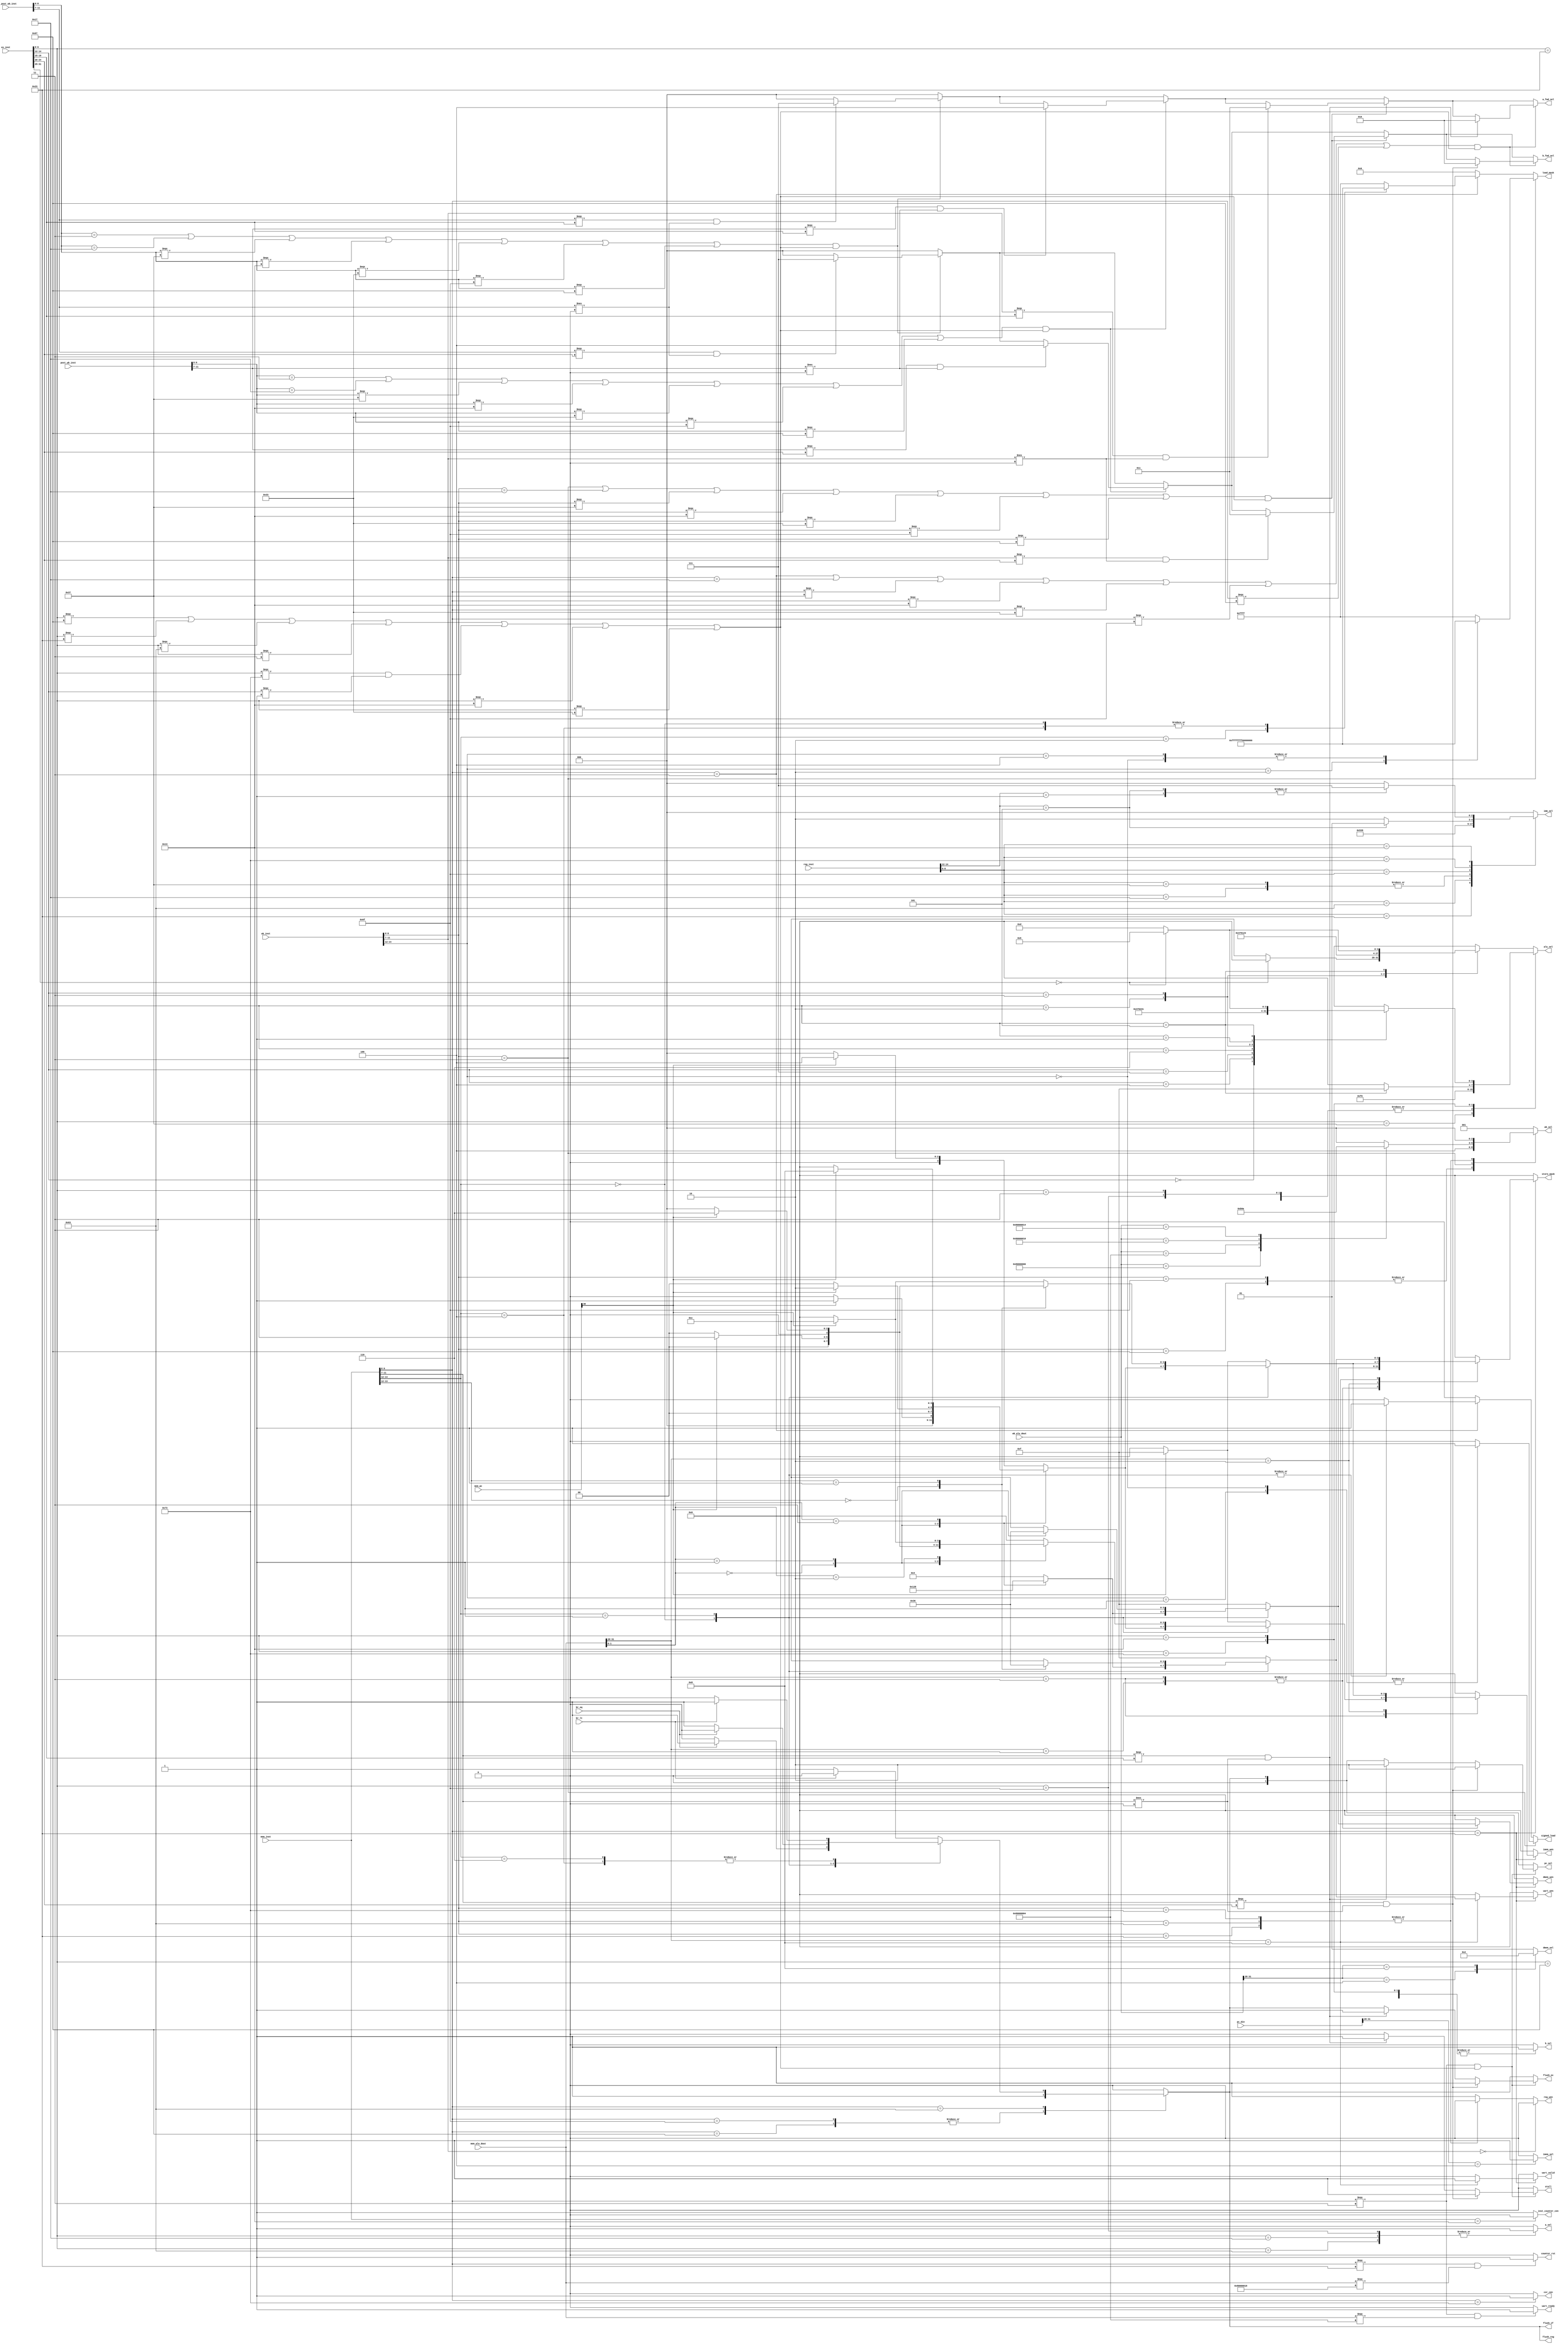
module controller(
    // IF Stage
    input [31:0] pc_din, 
    output reg imem_sel,
    output reg stall,
    output reg flush_if, 

    // REG STAGE
    input [31:0] reg_inst, 
    output reg [2:0] imm_sel, 
    output reg flush_reg,

    // EX Stage
    input [31:0] ex_inst, 
    input br_eq, 
    input br_lt, 
    output reg [3:0] alu_sel, 
    output reg a_sel, 
    output reg b_sel, 
    output reg flush_ex,
    output reg [2:0] a_fwd_sel,
    output reg [2:0] b_fwd_sel,

    // MEM stage 
    input [31:0] mem_inst, 
    input [31:0] mem_alu_dout,
    output reg [3:0] dmem_wen, 
    input [31:0] mem_pc, 
    output reg [3:0] imem_wen, 
    output reg [3:0] uart_wen, 
    output reg csr_cen, 
    output reg uart_valid, 
    output reg uart_ready, 
    output reg signed_load, 
    output reg [1:0] pc_sel, 
    output reg inst_counter_cen, 
    output reg [3:0] store_mask,
    output reg counter_rst, 

    // WB Stage
    input [31:0] wb_inst, 
    input [31:0] wb_alu_dout,
    output reg [1:0] dmem_sel,
    output reg [31:0] load_mask,  
    output reg [2:0] wb_sel, 
    output reg reg_wen,

    // Post WB 
    input [31:0] post_wb_inst,

    // Post Post WB 
    input [31:0] post_post_wb_inst
);
    // opcodes
    localparam r_opcode = 7'b0110011;
    localparam load_opcode = 7'b0000011;
    localparam i_opcode = 7'b0010011;
    localparam s_opcode = 7'b0100011;
    localparam b_opcode = 7'b1100011;
    localparam auipc_opcode = 7'b0010111;
    localparam lui_opcode = 7'b0110111;
    localparam jal_opcode = 7'b1101111;
    localparam jalr_opcode = 7'b1100111; 
    localparam csr_opcode = 7'b1110011;

    // imm_sel signals
    localparam i_type_imm = 3'b000;
    localparam s_type_imm = 3'b001; 
    localparam b_type_imm = 3'b010; 
    localparam u_type_imm = 3'b011;
    localparam j_type_imm = 3'b100;
    localparam csr_rwi_type = 3'b101;
    localparam csr_rw_type = 3'b110;
    localparam shift_type_imm = 3'b111;

    // alu_sel signals
    localparam add_alu = 4'b0000;
    localparam sll_alu = 4'b0001;
    localparam slt_alu = 4'b0010; 
    localparam xor_alu = 4'b0100;
    localparam srl_alu = 4'b0101;
    localparam or_alu = 4'b0110;
    localparam and_alu = 4'b0111;
    localparam sub_alu = 4'b1100;
    localparam sra_alu = 4'b1101;
    localparam bsel_alu = 4'b1111;
    localparam sltu_alu = 4'b0011;

    // func3 for R and I instructions
    localparam func3_add = 3'b000;
    localparam func3_xor = 3'b100;
    localparam func3_and = 3'b111; 
    localparam func3_or = 3'b110;
    localparam func3_sll = 3'b001;
    localparam func3_slti = 3'b010; 
    localparam func3_srl_or_sra = 3'b101;
    localparam func3_sltu = 3'b011; 

    // wb_sel signals
    localparam wb_mem = 3'b000;
    localparam wb_alu = 3'b001;
    localparam wb_inst_counter = 3'b010;
    localparam wb_cyc_counter = 3'b011;
    localparam wb_pc_plus_four = 3'b100;
    localparam wb_uart_control = 3'b101;
    localparam wb_uart_data = 3'b110;

    // forwarding signals 
    localparam fwd_ex = 3'b010;
    localparam fwd_mem = 3'b001;
    localparam no_fwd = 3'b000;
    localparam fwd_wb = 3'b011;
    localparam fwd_post_wb = 3'b100; 
    localparam fwd_post_post_wb = 3'b111; 

    // pcsel signals
    localparam pc_sel_rst = 2'b11;
    localparam pc_sel_pc_pc = 2'b10;
    localparam pc_sel_pc_alu = 2'b01; 
    localparam pc_sel_pc_plus_four = 2'b00;

    // imem_sel signals
    localparam imem_sel_imem = 1'b0;
    localparam imem_sel_bios = 1'b1; 

    // dmem_sel signals
    localparam dmem_sel_uart = 2'b10;
    localparam dmem_sel_dmem = 2'b01; 
    localparam dmem_sel_bios = 2'b00; 
    localparam dmem_sel_imem = 2'b11; 
    
    //load_mask
    localparam load_byte_mask = 32'h000000ff;
    localparam load_half_mask = 32'h0000ffff;
    localparam load_word_mask = 32'hffffffff;

    // IF 

    // REG 
    reg [6:0] reg_opcode;
    reg [2:0] reg_func3;

    // EX 
    reg [6:0] ex_opcode;
    reg [2:0] ex_func3;
    reg [6:0] ex_func7;
    reg [4:0] ex_rs1;
    reg [4:0] ex_rs2;

    // MEM 
    reg [6:0] mem_opcode;
    reg [2:0] mem_func3;
    reg [4:0] mem_rd; 
    
    // WB 
    reg [6:0] wb_opcode;
    reg [2:0] wb_func3;
    reg [4:0] wb_rd; 

    // Post WB
    reg [6:0] post_wb_opcode;
    reg [4:0] post_wb_rd; 
    reg [4:0] post_wb_rs1;
    reg [4:0] post_wb_rs2;

    // Post Post WB
    reg [6:0] post_post_wb_opcode;
    reg [4:0] post_post_wb_rd; 

    // data hazard handling
    reg potential_one_stage_data_hazard;
    reg potential_two_stage_data_hazard; 
    reg potential_load_data_hazard; 
    reg potential_ex_post_wb_data_hazard;
    reg potential_two_load_data_hazard;
    reg potential_ex_post_post_wb_data_hazard;
    reg has_source_registers; 


    always @(*) begin 
        imem_sel = 1'b0; 
        pc_sel = 2'b0; 
        signed_load = 1'b0; 
        load_mask = 32'd0;
        counter_rst = 1'b0;
        // set imem_sel 
        case (pc_din[31:28]) 
            4'b0001: imem_sel = imem_sel_imem; 
            4'b0100: imem_sel = imem_sel_bios;
            default: imem_sel = imem_sel_imem;
        endcase 

        // set instruction values
        reg_opcode = reg_inst[6:0];
        reg_func3 = reg_inst[14:12];

        // set instruction values
        ex_opcode = ex_inst[6:0];
        ex_func3 = ex_inst[14:12];
        ex_func7 = ex_inst[31:25];
        ex_rs1 = ex_inst[19:15];
        ex_rs2 = ex_inst[24:20];

        // set instruction values
        mem_opcode = mem_inst[6:0];
        mem_func3 = mem_inst[14:12];
        mem_rd = mem_inst[11:7];

        // set instruction values
        wb_opcode = wb_inst[6:0];
        wb_func3 = wb_inst[14:12];
        wb_rd = wb_inst[11:7];

        // Post WB
        post_wb_opcode = post_wb_inst[6:0];
        post_wb_rd = post_wb_inst[11:7]; 

        // Post WB
        post_post_wb_opcode = post_post_wb_inst[6:0];
        post_post_wb_rd = post_post_wb_inst[11:7]; 
        
        // set imm_sel
        case (reg_opcode) 
            jalr_opcode: imm_sel = i_type_imm;
            s_opcode: imm_sel = s_type_imm;
            b_opcode: imm_sel = b_type_imm;
            auipc_opcode: imm_sel = u_type_imm;
            lui_opcode: imm_sel = u_type_imm;
            jal_opcode: imm_sel = j_type_imm;
            load_opcode: imm_sel = i_type_imm;
            csr_opcode: begin 
                case (reg_func3)
                    3'b101: imm_sel = csr_rwi_type;
                    default: imm_sel = csr_rw_type;
                endcase
            end 
            i_opcode: begin 
                case (reg_func3)
                    func3_sll: imm_sel = shift_type_imm;
                    func3_srl_or_sra: imm_sel = shift_type_imm;
                    default: imm_sel = i_type_imm;
                endcase 
            end
            default: imm_sel = i_type_imm; // doesn't matter for r type
        endcase 

        alu_sel = 4'b0000;
        a_sel = 1'b0;
        b_sel = 1'b0;

        // set alu_sel
        case (ex_opcode) 
            jalr_opcode: alu_sel = add_alu; 
            s_opcode: alu_sel = add_alu;
            b_opcode: alu_sel = add_alu;
            auipc_opcode: alu_sel = add_alu;
            lui_opcode: alu_sel = bsel_alu;
            jal_opcode: alu_sel = add_alu;
            load_opcode: alu_sel = add_alu;
            csr_opcode: begin 
                case (ex_func3) 
                    3'b101: alu_sel = bsel_alu;
                    default: alu_sel = add_alu;
                endcase 
            end 
            i_opcode: begin 
                case (ex_func3)
                    func3_add: alu_sel = add_alu;
                    func3_xor: alu_sel = xor_alu; 
                    func3_and: alu_sel = and_alu; 
                    func3_or: alu_sel = or_alu; 
                    func3_slti: alu_sel = slt_alu; 
                    func3_sltu: alu_sel = sltu_alu;
                    func3_sll: begin 
                        alu_sel = sll_alu; 
                    end 
                    func3_srl_or_sra: begin 
                        case (ex_func7) 
                            7'b0000000: begin 
                                alu_sel = srl_alu;
                            end
                            default: begin 
                                alu_sel = sra_alu;
                            end
                        endcase 
                    end
                    default: alu_sel = and_alu;
                endcase                 
            end 
            default: begin // r_opcode
                case (ex_func3)
                    func3_add: begin 
                        case (ex_func7) 
                            7'b0000000: alu_sel = add_alu;
                            default: alu_sel = sub_alu;
                        endcase  
                    end 
                    func3_xor: alu_sel = xor_alu; 
                    func3_and: alu_sel = and_alu; 
                    func3_or: alu_sel = or_alu; 
                    func3_sll: alu_sel = sll_alu; 
                    func3_slti: alu_sel = slt_alu; 
                    func3_sltu: alu_sel = sltu_alu;
                    func3_srl_or_sra: begin 
                        case (ex_func7) 
                            7'b0000000: alu_sel = srl_alu;
                            default: alu_sel = sra_alu;
                        endcase 
                    end 
                    default: alu_sel = and_alu;
                endcase 
            end 
        endcase 

        // set a_sel
        case (ex_opcode) 
            jalr_opcode: a_sel = 1'b0; 
            s_opcode: a_sel = 1'b0;
            b_opcode: a_sel = 1'b1; 
            auipc_opcode: a_sel = 1'b1; 
            lui_opcode: a_sel = 1'b0;
            jal_opcode: a_sel = 1'b1; 
            load_opcode: a_sel = 1'b0;
            csr_opcode: a_sel = 1'b0;
            i_opcode: a_sel = 1'b0;
            default: a_sel = 1'b0;
        endcase 

        // set b_sel
        case (ex_opcode) 
            jalr_opcode: b_sel = 1'b1; 
            s_opcode: b_sel = 1'b1;
            b_opcode: b_sel = 1'b1; 
            auipc_opcode: b_sel = 1'b1; 
            lui_opcode: b_sel = 1'b1;
            jal_opcode: b_sel = 1'b1; 
            load_opcode: b_sel = 1'b1;
            csr_opcode: b_sel = 1'b1;
            i_opcode: b_sel = 1'b1;
            default: b_sel = 1'b0;
        endcase 

        store_mask = 4'b0000;
        flush_ex = 1'b0; 
        flush_reg = 1'b0; 
        flush_if = 1'b0;
        pc_sel = 2'd0;

        // set store_mask
        case (mem_opcode) 
            load_opcode: begin 
                case (mem_func3)
                    3'b000: begin
                        signed_load = 1'b1;
                        load_mask = load_byte_mask;
                    end
                    3'b001: begin
                        signed_load = 1'b1;
                        load_mask = load_half_mask;
                    end
                    3'b010: begin
                        signed_load = 1'b0;
                        load_mask = load_word_mask;
                    end
                    3'b100: begin
                        signed_load = 1'b0;
                        load_mask = load_byte_mask;
                    end
                    default: begin
                        signed_load = 1'b0;
                        load_mask = load_half_mask;
                    end
                endcase
            end 
            default: store_mask = 4'b0000;
        endcase 

        // MEM stage 

        // update pc_sel, flush_ex, and flush_reg for jumps
        pc_sel = pc_sel_pc_plus_four;
        case (mem_opcode) 
            jalr_opcode: begin 
                pc_sel = pc_sel_pc_alu;
                flush_ex = 1'b1; 
                flush_reg = 1'b1; 
                flush_if = 1'b1;
            end 
            jal_opcode: begin 
                pc_sel = pc_sel_pc_alu;
                flush_ex = 1'b1;
                flush_reg = 1'b1;
                flush_if = 1'b1; 
            end 
            b_opcode: begin
                case (mem_func3)
                    3'b000: begin // beq
                        case (br_eq)
                            1'b1: begin
                                pc_sel = pc_sel_pc_alu;
                                flush_ex = 1'b1;
                                flush_reg = 1'b1;
                                flush_if = 1'b1;
                            end
                            default: begin
                            end
                        endcase
                    end
                    3'b001: begin // bne
                        case (br_eq)
                            1'b0: begin
                                pc_sel = pc_sel_pc_alu;
                                flush_ex = 1'b1;
                                flush_reg = 1'b1;
                                flush_if = 1'b1;
                            end
                            default: begin
                            end
                        endcase
                    end
                    3'b100: begin // blt
                        case (br_lt)
                            1'b1: begin
                                pc_sel = pc_sel_pc_alu;
                                flush_ex = 1'b1;
                                flush_reg = 1'b1;
                                flush_if = 1'b1;
                            end
                            default: begin
                            end
                        endcase
                    end
                    3'b101: begin // bge
                        case (br_lt)
                            1'b0: begin
                                pc_sel = pc_sel_pc_alu;
                                flush_ex = 1'b1;
                                flush_reg = 1'b1;
                                flush_if = 1'b1;
                            end
                            default: begin
                            end
                        endcase
                    end
                    3'b110: begin // bltu
                        case (br_lt)
                            1'b1: begin
                                pc_sel = pc_sel_pc_alu;
                                flush_ex = 1'b1;
                                flush_reg = 1'b1;
                                flush_if = 1'b1;
                            end
                            default: begin
                            end
                        endcase
                    end
                    default: begin // bgeu
                        case (br_lt)
                                1'b0: begin
                                pc_sel = pc_sel_pc_alu;
                                flush_ex = 1'b1;
                                flush_reg = 1'b1;
                                flush_if = 1'b1;
                            end
                            default: begin
                            end
                        endcase
                    end
                endcase
            end
            default: begin 
            end 
        endcase 

        dmem_wen = 4'b0000; 
        imem_wen = 4'b0000;
        uart_wen = 4'b0000;
        store_mask = 4'b0000;
        uart_valid = 1'b0;

        case (mem_opcode) 
            s_opcode: begin 
                case (mem_alu_dout[31:28]) 
                    // dmem_wen
                    4'b0001: begin 
                        case (mem_func3)
                            3'b000: begin 
                                case (mem_alu_dout[1:0]) 
                                    2'b00: begin 
                                        dmem_wen = 4'b0001; 
                                        store_mask = 4'b0001;
                                    end 
                                    2'b01: begin 
                                        dmem_wen = 4'b0010; 
                                        store_mask = 4'b0010;
                                    end 
                                    2'b11: begin 
                                        dmem_wen = 4'b1000;
                                        store_mask = 4'b1000;
                                    end 
                                    default: begin 
                                        dmem_wen = 4'b0100;
                                        store_mask = 4'b0100;
                                    end 
                                endcase 
                                end 
                                3'b001: begin 
                                    case (mem_alu_dout[1:0]) 
                                        2'b00: begin 
                                            dmem_wen = 4'b0011; //offset = 0
                                            store_mask = 4'b0011;
                                        end 
                                        2'b01: begin 
                                            dmem_wen = 4'b0110; 
                                            store_mask = 4'b0110;
                                        end 
                                        2'b10: begin 
                                            dmem_wen = 4'b1100; 
                                            store_mask = 4'b1100;
                                        end 
                                        default: begin 
                                            dmem_wen = 4'b1100; 
                                            store_mask = 4'b1100;
                                        end 
                                    endcase 
                                end 
                                default: begin 
                                    dmem_wen = 4'b1111; // no shift
                                    store_mask = 4'b1111;
                                end 
                        endcase 
                    end 
                    4'b0011: begin 
                        case (mem_func3)
                            3'b000: begin 
                                case (mem_alu_dout[1:0]) 
                                    2'b00: begin 
                                        dmem_wen = 4'b0001; 
                                        store_mask = 4'b0001;
                                            case (mem_pc[30])
                                                1'b1: begin 
                                                    imem_wen = 4'b0001; 
                                                    store_mask = 4'b0001;
                                                end 
                                                default: begin 
                                                end 
                                            endcase
                                    end 
                                    2'b01: begin 
                                        dmem_wen = 4'b0010; 
                                        store_mask = 4'b0010;
                                        case (mem_pc[30])
                                            1'b1: begin 
                                                imem_wen = 4'b0010; 
                                                store_mask = 4'b0010;
                                            end 
                                            default: begin 
                                            end 
                                        endcase 
                                    end 
                                    2'b11: begin 
                                        dmem_wen = 4'b1000;
                                        store_mask = 4'b1000;
                                        case (mem_pc[30])
                                            1'b1: begin 
                                                imem_wen = 4'b1000; 
                                                store_mask = 4'b1000;
                                            end 
                                            default: begin 
                                            end 
                                        endcase 
                                    end 
                                    default: begin 
                                        dmem_wen = 4'b0100;
                                        store_mask = 4'b0100;
                                        case (mem_pc[30])
                                            1'b1: begin 
                                                imem_wen = 4'b0100; 
                                                store_mask = 4'b0100;
                                            end 
                                            default: begin 
                                            end 
                                        endcase 
                                    end 
                                endcase 
                                end 
                                3'b001: begin 
                                    case (mem_alu_dout[1:0]) 
                                        2'b00: begin 
                                            dmem_wen = 4'b0011; //offset = 0
                                            store_mask = 4'b0011;
                                            case (mem_pc[30])
                                                1'b1: begin 
                                                    imem_wen = 4'b0011; 
                                                    store_mask = 4'b0011;
                                                end 
                                                default: begin 
                                                end 
                                            endcase 
                                        end 
                                        2'b01: begin 
                                            dmem_wen = 4'b0110; 
                                            store_mask = 4'b0110;
                                            case (mem_pc[30])
                                                1'b1: begin 
                                                    imem_wen = 4'b0110; 
                                                    store_mask = 4'b0110;
                                                end 
                                                default: begin 
                                                end 
                                            endcase 
                                        end 
                                        2'b10: begin 
                                            dmem_wen = 4'b1100; 
                                            store_mask = 4'b1100;
                                            case (mem_pc[30])
                                                1'b1: begin 
                                                    imem_wen = 4'b1100; 
                                                    store_mask = 4'b1100;
                                                end 
                                                default: begin 
                                                end 
                                            endcase 
                                        end 
                                        default: begin 
                                            dmem_wen = 4'b1100; 
                                            store_mask = 4'b1100;
                                        end 
                                    endcase 
                                end 
                                default: begin 
                                    dmem_wen = 4'b1111; // no shift
                                    store_mask = 4'b1111;
                                    if (mem_pc[30]) begin 
                                        imem_wen = 4'b1111; // no shift
                                        store_mask = 4'b1111;
                                    end 
                                end 
                        endcase 
                    end 
                    // imem_wen
                    4'b0010: begin
                        case (mem_func3)
                            3'b000: begin 
                                case (mem_alu_dout[1:0]) 
                                    2'b00: begin 
                                        case (mem_pc[30])
                                            1'b1: begin 
                                                imem_wen = 4'b0001; 
                                                store_mask = 4'b0001;
                                            end 
                                            default: begin 
                                            end 
                                        endcase 
                                    end 
                                    2'b01: begin 
                                        case (mem_pc[30])
                                            1'b1: begin 
                                                imem_wen = 4'b0010; 
                                                store_mask = 4'b0010;
                                            end 
                                            default: begin 
                                            end 
                                        endcase 
                                    end 
                                    2'b11: begin 
                                        case (mem_pc[30])
                                            1'b1: begin 
                                                imem_wen = 4'b1000; 
                                                store_mask = 4'b1000;
                                            end 
                                            default: begin 
                                            end 
                                        endcase 
                                    end 
                                    default: begin 
                                        case (mem_pc[30])
                                            1'b1: begin 
                                                imem_wen = 4'b0100; 
                                                store_mask = 4'b0100;
                                            end 
                                            default: begin 
                                            end 
                                        endcase 
                                    end 
                                endcase 
                            end 
                            3'b001: begin 
                                    case (mem_func3[1:0]) 
                                        2'b00: begin 
                                        case (mem_pc[30])
                                            1'b1: begin 
                                                imem_wen = 4'b0011; 
                                                store_mask = 4'b0011;
                                            end 
                                            default: begin 
                                            end 
                                        endcase 
                                        end 
                                        2'b01: begin 
                                            case (mem_pc[30])
                                                1'b1: begin 
                                                    imem_wen = 4'b0110; 
                                                    store_mask = 4'b0110;
                                                end 
                                                default: begin 
                                                end 
                                            endcase 
                                        end 
                                        2'b10: begin 
                                            case (mem_pc[30])
                                                1'b1: begin 
                                                    imem_wen = 4'b1100; 
                                                    store_mask = 4'b1100;
                                                end 
                                                default: begin 
                                                end 
                                            endcase 
                                        end 
                                        default: begin 
                                            case (mem_pc[30])
                                                1'b1: begin 
                                                    imem_wen = 4'b1100; 
                                                    store_mask = 4'b1100;
                                                end 
                                                default: begin 
                                                end 
                                            endcase 
                                        end 
                                    endcase 
                            end 
                            default: begin 
                                if (mem_pc[30]) begin 
                                    imem_wen = 4'b1111; // no shift
                                    store_mask = 4'b1111;
                                end 
                            end 
                            endcase 
                    end
                    // uart_wen 
                    4'b1000: begin
                        case (mem_func3)
                            3'b000: begin 
                                case (mem_alu_dout[1:0]) 
                                    2'b00: begin 
                                        uart_wen = 4'b0001; 
                                        store_mask = 4'b0001;
                                        uart_valid = 1'b1;
                                    end 
                                    2'b01: begin 
                                        uart_wen = 4'b0010; 
                                        store_mask = 4'b0010;
                                        uart_valid = 1'b1;
                                    end 
                                    2'b11: begin 
                                        uart_wen = 4'b1000;
                                        store_mask = 4'b1000;
                                        uart_valid = 1'b1;
                                    end 
                                    default: begin 
                                        uart_wen = 4'b0100;
                                        store_mask = 4'b0100;
                                        uart_valid = 1'b1;
                                    end 
                                endcase 
                            end 
                            3'b001: begin 
                                case (mem_func3[1:0]) 
                                    2'b00: begin 
                                        uart_wen = 4'b0011; //offset = 0
                                        store_mask = 4'b0011;
                                        uart_valid = 1'b1;
                                    end 
                                    2'b01: begin 
                                        uart_wen = 4'b0110; 
                                        store_mask = 4'b0110;
                                        uart_valid = 1'b1;
                                    end 
                                    2'b10: begin 
                                        uart_wen = 4'b1100; 
                                        store_mask = 4'b1100;
                                        uart_valid = 1'b1;
                                    end 
                                    default: begin 
                                        uart_wen = 4'b1100; 
                                        store_mask = 4'b1100;
                                        uart_valid = 1'b1;
                                    end 
                                endcase 
                            end 
                            default: begin 
                                uart_wen = 4'b1111; // no shift
                                store_mask = 4'b1111;
                                uart_valid = 1'b1;
                            end 
                        endcase
                    end
                default: begin 
                end 
                endcase 
            end 
        default: begin 
        end
    endcase 

        // set csr_cen 
        csr_cen = 1'b0;
        case (mem_opcode)
            csr_opcode: begin 
                csr_cen = 1'b1;
            end 
            default: csr_cen = 1'b0;
        endcase 

        // set inst_counter_cen 
        case (mem_inst)
            32'h00000013: inst_counter_cen = 1'b0; // don't count if it is a nop
            default: inst_counter_cen = 1'b1;
        endcase 

        // set dmem_sel
        case (wb_alu_dout[31:28])
            4'b0001: dmem_sel = dmem_sel_dmem; 
            4'b0011: dmem_sel = dmem_sel_dmem; // overlaps with imem
            4'b0010: dmem_sel = dmem_sel_dmem; // it's supposed to be write only
            4'b0100: dmem_sel = dmem_sel_bios; 
            4'b1000: dmem_sel = dmem_sel_uart; 
            default: dmem_sel = dmem_sel_dmem;
        endcase 

        // set load mask 
        case (wb_opcode)
            load_opcode: begin 
                case (wb_func3)
                    3'b000: begin
                        signed_load = 1'b1;
                        load_mask = load_byte_mask;
                    end
                    3'b001: begin
                        signed_load = 1'b1;
                        load_mask = load_half_mask;
                    end
                    3'b010: begin
                        signed_load = 1'b0;
                        load_mask = load_word_mask;
                    end
                    3'b100: begin
                        signed_load = 1'b0;
                        load_mask = load_byte_mask;
                    end
                    default: begin
                        signed_load = 1'b0;
                        load_mask = load_half_mask;
                    end
                endcase
            end 
            default: begin
            end 
        endcase

        // set reg_wen
        case (wb_opcode)
            jalr_opcode: reg_wen = 1'b1; 
            s_opcode: reg_wen = 1'b0;
            b_opcode: reg_wen = 1'b0;
            auipc_opcode: reg_wen = 1'b1; 
            lui_opcode: reg_wen = 1'b1; 
            jal_opcode: reg_wen = 1'b1; 
            load_opcode: reg_wen = 1'b1;
            csr_opcode: reg_wen = 1'b0;
            i_opcode: reg_wen = 1'b1; 
            default: reg_wen = 1'b1; // r type
        endcase 

        // set reg_wen to 0 if rd is 0 
        case (wb_rd) 
            5'd0: reg_wen = 1'b0;
            default: begin 
            end 
        endcase 

        // set wb_sel 
        case (wb_opcode)
            jalr_opcode: wb_sel = wb_pc_plus_four; 
            s_opcode: wb_sel = 3'b00; // doesn't matter
            b_opcode: wb_sel = 3'b00; // doesn't matter
            auipc_opcode: wb_sel = wb_alu; 
            lui_opcode: wb_sel = wb_alu; 
            jal_opcode: wb_sel = wb_pc_plus_four; 
            load_opcode: begin 
                wb_sel = wb_mem;
                case (wb_alu_dout) 
                    32'h80000000: wb_sel = wb_uart_control;
                    32'h80000004: wb_sel = wb_uart_data;
                    32'h80000010: wb_sel = wb_cyc_counter;
                    32'h80000014: wb_sel = wb_inst_counter;
                    default: wb_sel = wb_mem;
                endcase 
            end
            csr_opcode: wb_sel = 3'b00; // doesn't matter
            i_opcode: wb_sel = wb_alu; 
            default: wb_sel = wb_alu; // r type
        endcase

        uart_ready = 1'b0;

        if (mem_opcode === load_opcode && mem_alu_dout === 32'h80000004) begin 
            uart_ready = 1'b1; 
        end 

        if (mem_opcode === s_opcode && mem_alu_dout === 32'h8000_0018) begin 
            counter_rst = 1'b1;
        end 


        /* HANDLE DATA HAZARDS*/

        a_fwd_sel = no_fwd;
        b_fwd_sel = no_fwd;
        has_source_registers = ex_opcode !== auipc_opcode || ex_opcode !== lui_opcode || ex_opcode !== jal_opcode; 

        potential_ex_post_post_wb_data_hazard = (post_post_wb_opcode == load_opcode || post_post_wb_opcode == auipc_opcode || post_post_wb_opcode === lui_opcode || post_post_wb_opcode === i_opcode || post_post_wb_opcode === r_opcode
        || post_post_wb_opcode === jal_opcode || post_post_wb_opcode === jalr_opcode) && (ex_opcode === jalr_opcode || ex_opcode === s_opcode || ex_opcode === b_opcode || ex_opcode === load_opcode ||  ex_opcode === csr_opcode && ex_func3 === 3'b001 
            ||  ex_opcode === i_opcode || ex_opcode === r_opcode);
                    
        if (potential_ex_post_post_wb_data_hazard) begin 
            if (post_post_wb_rd === ex_rs1 && post_post_wb_rd !== 5'd0) begin 
                a_fwd_sel = fwd_post_post_wb;
            end
            if (post_post_wb_rd === ex_rs2 && post_post_wb_rd !== 5'd0) begin 
                b_fwd_sel = fwd_post_post_wb;
            end
        end 


        potential_ex_post_wb_data_hazard = (post_wb_opcode == load_opcode || post_wb_opcode == auipc_opcode || post_wb_opcode === lui_opcode || post_wb_opcode === i_opcode || post_wb_opcode === r_opcode
        || post_wb_opcode === jal_opcode || post_wb_opcode === jalr_opcode) 
            && (ex_opcode === jalr_opcode || ex_opcode === s_opcode || ex_opcode === b_opcode || ex_opcode === load_opcode ||  ex_opcode === csr_opcode && ex_func3 === 3'b001 
            ||  ex_opcode === i_opcode || ex_opcode === r_opcode); 
        
        if (potential_ex_post_wb_data_hazard) begin 
            if (post_wb_rd === ex_rs1 && post_wb_rd !== 5'd0) begin 
                a_fwd_sel = fwd_post_wb;
            end
            if (post_wb_rd === ex_rs2 && post_wb_rd !== 5'd0) begin 
                b_fwd_sel = fwd_post_wb;
            end
        end 


        // handle two stage data hazards
        potential_two_stage_data_hazard = (wb_opcode == load_opcode || wb_opcode == auipc_opcode || wb_opcode === lui_opcode || wb_opcode === i_opcode || wb_opcode === r_opcode
        || wb_opcode === jal_opcode || wb_opcode === jalr_opcode) 
            && (ex_opcode === jalr_opcode || ex_opcode === s_opcode || ex_opcode === b_opcode || ex_opcode === load_opcode ||  ex_opcode === csr_opcode && ex_func3 === 3'b001 
            ||  ex_opcode === i_opcode || ex_opcode === r_opcode); 
            
        if (potential_two_stage_data_hazard) begin 
            if (wb_rd === ex_rs1 && wb_rd !== 5'd0) begin 
                a_fwd_sel = fwd_wb;
            end
            if (wb_rd === ex_rs2 && wb_rd !== 5'd0) begin 
                b_fwd_sel = fwd_wb; 
            end 
        end 

        // handle load data hazards
        potential_load_data_hazard = mem_opcode === load_opcode && (ex_opcode === jalr_opcode || ex_opcode === s_opcode || ex_opcode === b_opcode || ex_opcode === load_opcode ||  ex_opcode === csr_opcode && ex_func3 === 3'b001 
            ||  ex_opcode === i_opcode || ex_opcode === r_opcode); 
        stall = 1'b0; 
        if (potential_load_data_hazard) begin 
            if (mem_rd === ex_rs1 && mem_rd !== 5'd0) begin 
                stall = 1'b1; 
                flush_ex = 1'b1; 
                pc_sel = pc_sel_pc_pc;
            end
            if (mem_rd === ex_rs2 && mem_rd !== 5'd0) begin 
                stall = 1'b1;
                flush_ex = 1'b1; 
                pc_sel = pc_sel_pc_pc;
            end 
        end 

        // handle one stage ex hazards 
        potential_one_stage_data_hazard = (mem_opcode == load_opcode || mem_opcode == auipc_opcode || mem_opcode === lui_opcode || mem_opcode === i_opcode || mem_opcode === r_opcode 
        || mem_opcode === jal_opcode || mem_opcode === jalr_opcode) 
            && (ex_opcode === jalr_opcode || ex_opcode === s_opcode || ex_opcode === b_opcode || ex_opcode === load_opcode ||  ex_opcode === csr_opcode && ex_func3 === 3'b001 
            ||  ex_opcode === i_opcode || ex_opcode === r_opcode); 
        
        if (potential_one_stage_data_hazard) begin 
            if (mem_rd === ex_rs1 && mem_rd !== 5'd0) begin 
                a_fwd_sel = fwd_ex;
            end 
            if (mem_rd === ex_rs2 && mem_rd !== 5'd0) begin 
                b_fwd_sel = fwd_ex;
            end
        end 
    end 


endmodule